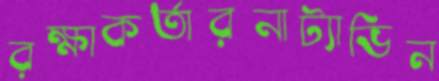
রক্ষাকর্তারনাট্যাভিন